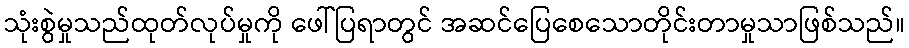
သုံးစွဲမှုသည်ထုတ်လုပ်မှုကို ဖေါ်ပြရာတွင် အဆင်ပြေစေသောတိုင်းတာမှုသာဖြစ်သည်။